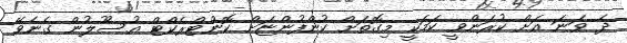
ދެ ވަނަ އަށް ކުރަންވީ ކަމަކީ މިގޮތަށް ކުންފުންޏަށް ކޮންޓްރެކްޓް އުސޫލުން ގެނެވޭ